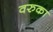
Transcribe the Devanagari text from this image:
वरुका